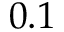
0 . 1